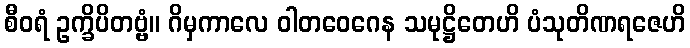
စီဝရံ ဥက္ခိပိတဗ္ဗံ။ ဂိမှကာလေ ဝါတဝေဂေန သမုဋ္ဌိတေဟိ ပံသုတိဏရဇေဟိ